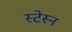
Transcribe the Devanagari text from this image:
स्टेस्न